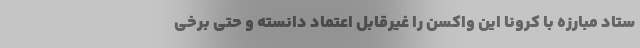
ستاد مبارزه با کرونا این واکسن را غیرقابل اعتماد دانسته و حتی برخی